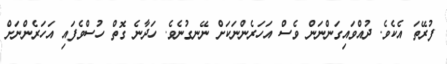
ފުރޭތަ އެކެވެ. ދުއްވައިގަންނަން ވެސް އަހަރެންނަކަށް ނޭނގުނެވެ. ހަދާނެ ގޮތް ހުސްވެފައި އަހަރެންނަށް